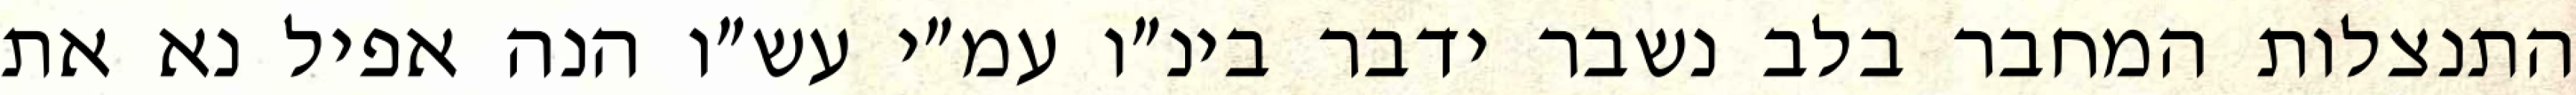
התנצלות המחבר בלב נשבר ידבר בינ״ו עמ״י עש״ו הנה אפיל נא את